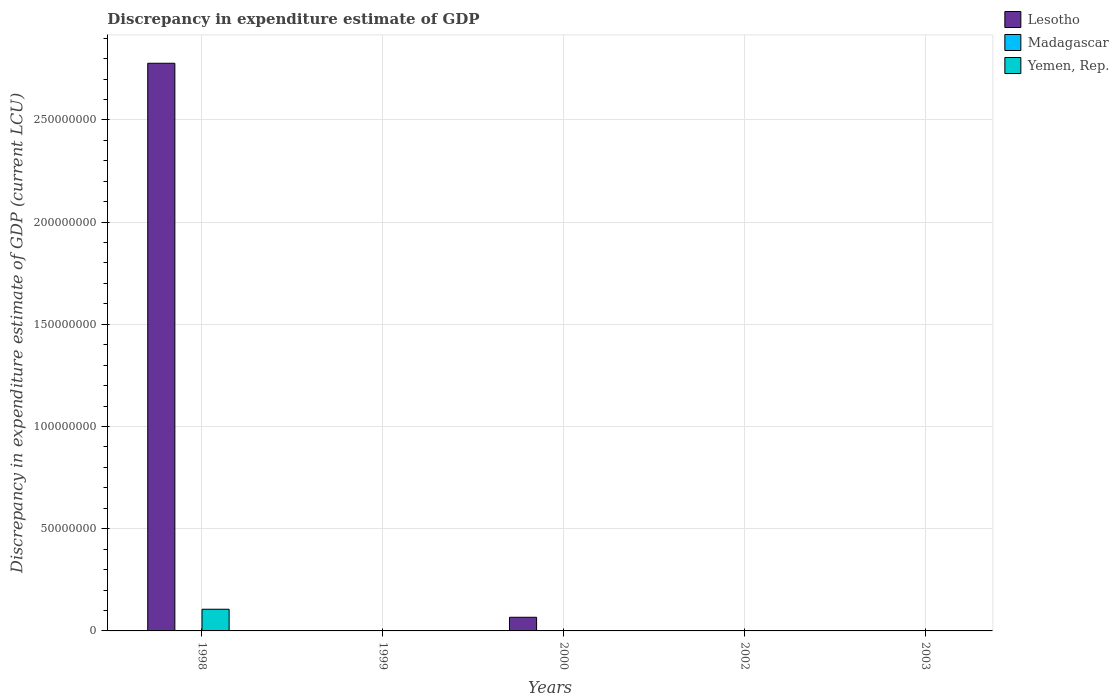
| Years | Lesotho | Madagascar | Yemen, Rep. |
 | --- | --- | --- | --- |
 | 1998 | 2.78e+08 | -1.04e+06 | 1.06e+07 |
 | 1999 | -3.41e+08 | -7.02e+06 | -2.03e+05 |
 | 2000 | 6.68e+06 | 0.0008 | -2.6e+09 |
 | 2002 | -3.13e+08 | -0.00112 | -2.37e+08 |
 | 2003 | -2.08e+08 | -0.00012 | -3.64e+07 |